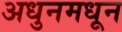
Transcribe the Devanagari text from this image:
अधुनमधून